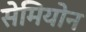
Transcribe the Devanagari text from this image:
सेमियोन